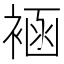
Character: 䘶